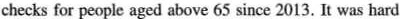
checks for people aged above 65 since 2013. It was hard